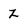
Character: Z